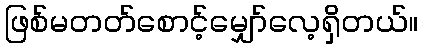
ဖြစ်မတတ်စောင့်မျှော်လေ့ရှိတယ်။